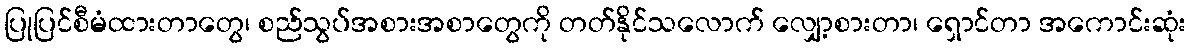
ပြုပြင်စီမံထားတာတွေ၊ စည်သွပ်အစားအစာတွေကို တတ်နိုင်သလောက် လျှော့စားတာ၊ ရှောင်တာ အကောင်းဆုံး